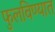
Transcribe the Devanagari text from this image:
फुलविण्यात